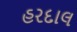
હરદાલ